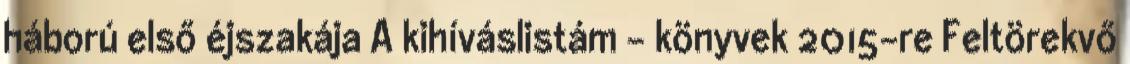
háború első éjszakája A kihíváslistám - könyvek 2015-re Feltörekvő